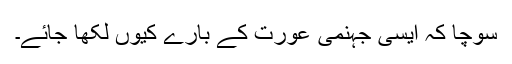
سوچا کہ ایسی جہنمی عورت کے بارے کیوں لکھا جائے۔